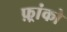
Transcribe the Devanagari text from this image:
फ़्रांको